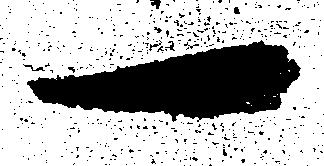
一